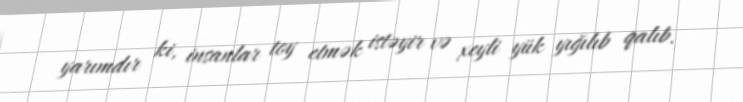
yarımdır ki, insanlar toy etmək istəyir və xeyli yük yığılıb qalıb.